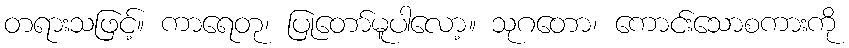
တရားသဖြင့်။ ကာရေတု၊ ပြုတော်မူပါလော့။ သုဂတော၊ ကောင်းသောစကားကို